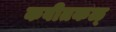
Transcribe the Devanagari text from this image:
कवीतकळ्